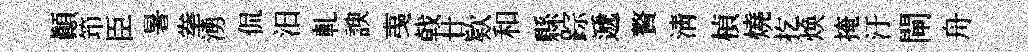
顛笻臣暑拳湧侃汨軋諛𢎯戟廿欵和縣踪遞贅清楨燒扢焕掩汙閘舟